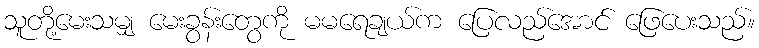
သူတို့မေးသမျှ မေးခွန်းတွေကို မမရေချယ်က ပြေလည်အောင် ဖြေပေးသည်။